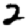
Digit: 2